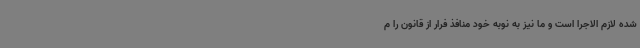
شده لازم الاجرا است و ما نیز به نوبه خود منافذ فرار از قانون را م